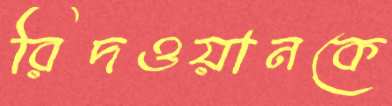
রিদওয়ানকে